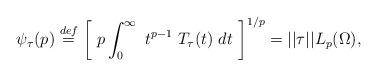
LaTeX: \begin{align*} \psi_{\tau}(p) \stackrel{def}{=} \left[ \ p \int_0^{\infty} \ t^{p-1} \ T_{\tau}(t) \ dt \ \right]^{1/p} = ||\tau||L_p(\Omega),\end{align*}